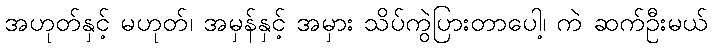
အဟုတ်နှင့် မဟုတ်၊ အမှန်နှင့် အမှား သိပ်ကွဲပြားတာပေါ့၊ ကဲ ဆက်ဦးမယ်